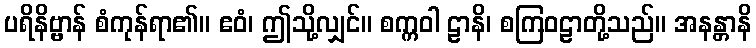
ပရိနိဗ္ဗာန် စံကုန်ရာ၏။ ဧဝံ၊ ဤသို့လျှင်။ စက္ကဝါ ဠာနိ၊ စကြဝဠာတို့သည်။ အနန္တာနိ